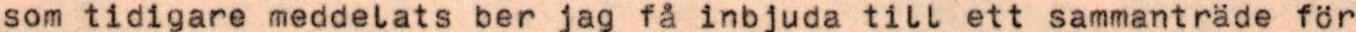
som tidigare meddelats ber jag fa inbjuda till ett sammanträde för